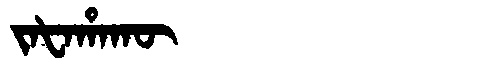
Manchu: ᠵᠠᡶᠠᡥᠠᡴᡡ
Romanization: JAFAHAKŪ